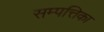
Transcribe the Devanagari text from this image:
सम्पत्तिका